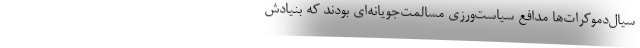
سیال‌دموکرات‌ها مدافع سیاست‌ورزی مسالمت‌جویانه‌ای بودند که بنیادش